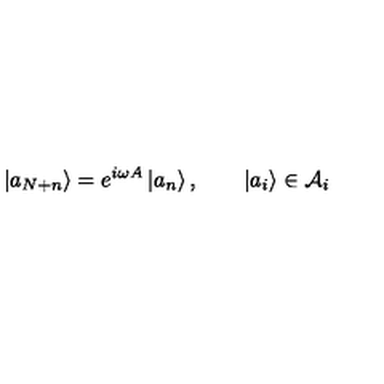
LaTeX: \left| a _ { N + n } \right\rangle = e ^ { i \omega A } \left| a _ { n } \right\rangle , \qquad \left| a _ { i } \right\rangle \in { \cal A } _ { i }